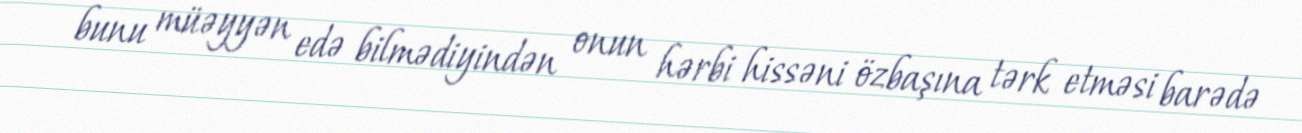
bunu müəyyən edə bilmədiyindən onun hərbi hissəni özbaşına tərk etməsi barədə